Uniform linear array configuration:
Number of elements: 48
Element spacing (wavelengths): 1
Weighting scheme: uniform
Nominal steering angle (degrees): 30
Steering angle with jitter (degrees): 28.831
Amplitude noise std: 0.05
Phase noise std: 0.05

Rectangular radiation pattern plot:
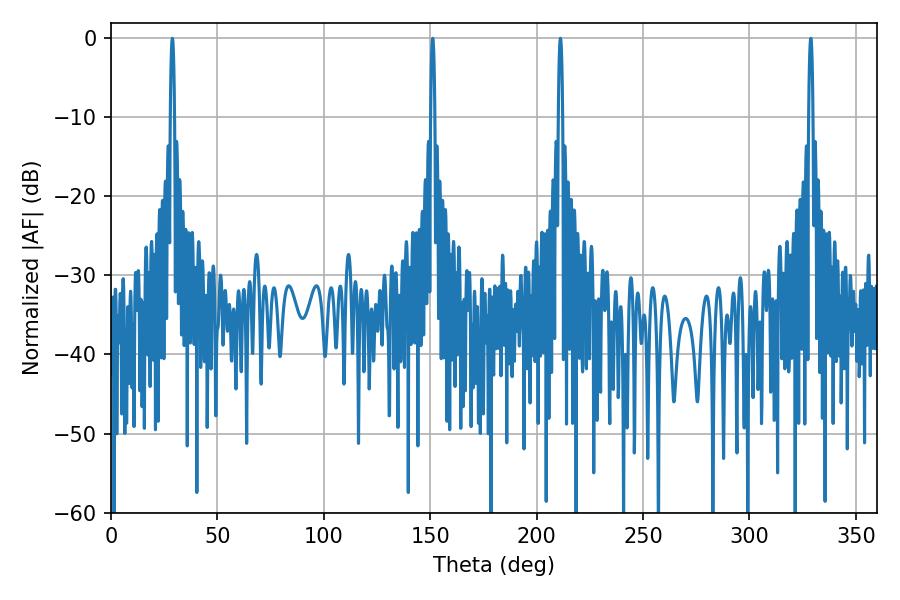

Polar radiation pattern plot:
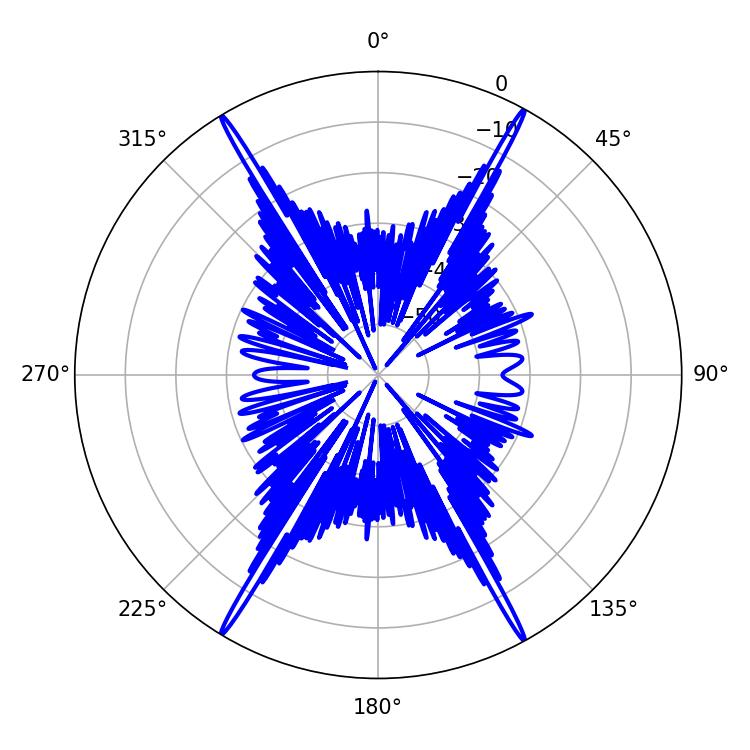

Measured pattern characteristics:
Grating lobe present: TRUE
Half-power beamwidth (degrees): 1.08
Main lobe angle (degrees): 28.8